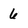
Character: 6